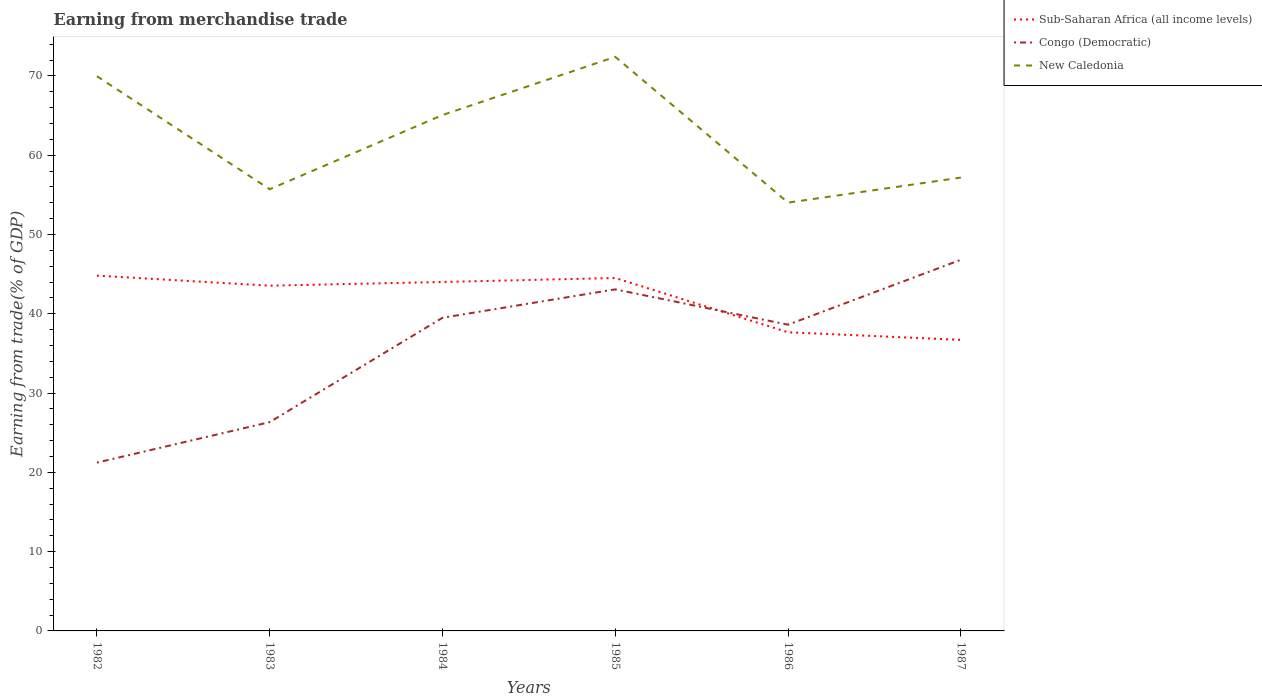
| Years | Sub-Saharan Africa (all income levels) | Congo (Democratic) | New Caledonia |
 | --- | --- | --- | --- |
 | 1982 | 44.8 | 21.2 | 70 |
 | 1983 | 43.5 | 26.3 | 55.7 |
 | 1984 | 44 | 39.5 | 65.1 |
 | 1985 | 44.5 | 43.1 | 72.4 |
 | 1986 | 37.7 | 38.6 | 54 |
 | 1987 | 36.7 | 46.8 | 57.2 |